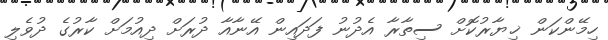
ހިމޭންކަން ޚިޔާރުކޮށް ސިތާރާ އެދުނު ފަދައިން އޭނާއާ ދުރަށް ދިއުމަށް ކާރުގެ ދުވެލި